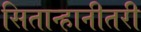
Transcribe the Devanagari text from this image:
सितान्हानीतरी